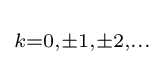
\scriptstyle k=0,\pm 1,\pm 2,\ldots